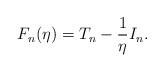
LaTeX: \begin{align*}F_n(\eta) = T_n - \frac{1}{\eta} I_n.\end{align*}